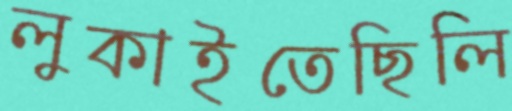
লুকাইতেছিলি